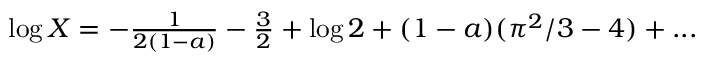
\begin{array} { r } { \log X = - \frac { 1 } { 2 ( 1 - a ) } - \frac { 3 } { 2 } + \log 2 + ( 1 - a ) ( \pi ^ { 2 } / 3 - 4 ) + . . . } \end{array}